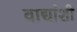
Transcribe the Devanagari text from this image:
वाद्यांशी